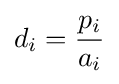
d_{i}={\frac {p_{i}}{a_{i}}}